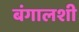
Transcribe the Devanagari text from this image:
बंगालशी